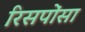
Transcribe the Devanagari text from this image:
रिसपोंसा